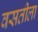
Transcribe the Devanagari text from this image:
वसतीला